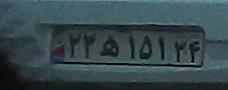
۲۳ه۱۵۱۳۴